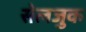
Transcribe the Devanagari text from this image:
सेलजुक